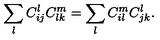
\sum _ { l } C _ { i j } ^ { l } C _ { l k } ^ { m } = \sum _ { l } C _ { i l } ^ { m } C _ { j k } ^ { l } .